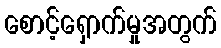
စောင့်ရှောက်မှုအတွက်